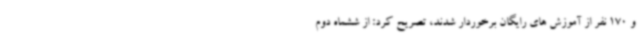
و 170 نفر از آموزش های رایگان برخوردار شدند، تصریح کرد: از ششماه دوم